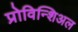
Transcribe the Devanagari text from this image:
प्रोविन्शिअल